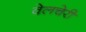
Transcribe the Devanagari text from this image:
वेलचेरी